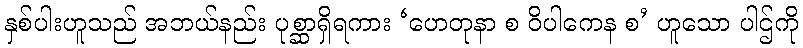
နှစ်ပါးဟူသည် အဘယ်နည်း ပုစ္ဆာရှိရကား ‘ဟေတုနာ စ ဝိပါကေန စ’ ဟူသော ပါဌ်ကို